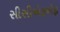
સીસીએફએફ